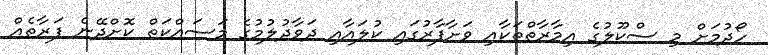
ހޯދުމަށް މި ސްކޫލުގެ އިމާރާތްތަކާއި ވަށާފާރުގައި ކުލައާއި ދަވާދުލުމުގެ މަސައްކަތް ކޮށްދޭނެ ފަރާތެއް